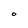
Character: O